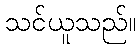
သင်ယူသည်။